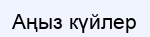
Аңыз күйлер